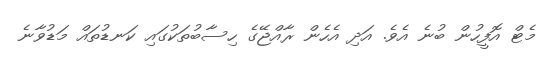
މެޓް އޮފީހުން ބުނެ އެވެ. އަދި އެހެން ރާއްޖޭގެ ހިސާބުތަކުގައި ކަނޑުތައް މަޑުވާނެ